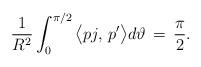
LaTeX: \begin{align*}\frac{1}{R^2}\int_0^{\pi/2} \big\langle p j,\,p'\big\rangle d\vartheta\,=\,\frac{\pi}{2}.\end{align*}